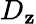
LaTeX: D_{\mathbf{z}}